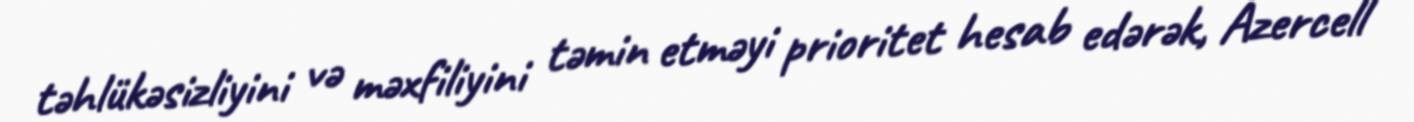
təhlükəsizliyini və məxfiliyini təmin etməyi prioritet hesab edərək, Azercell